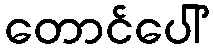
တောင်ပေါ်